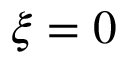
\xi = 0